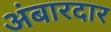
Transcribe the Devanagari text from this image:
अंबारदार